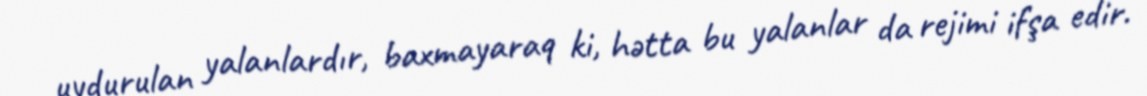
uydurulan yalanlardır, baxmayaraq ki, hətta bu yalanlar da rejimi ifşa edir.